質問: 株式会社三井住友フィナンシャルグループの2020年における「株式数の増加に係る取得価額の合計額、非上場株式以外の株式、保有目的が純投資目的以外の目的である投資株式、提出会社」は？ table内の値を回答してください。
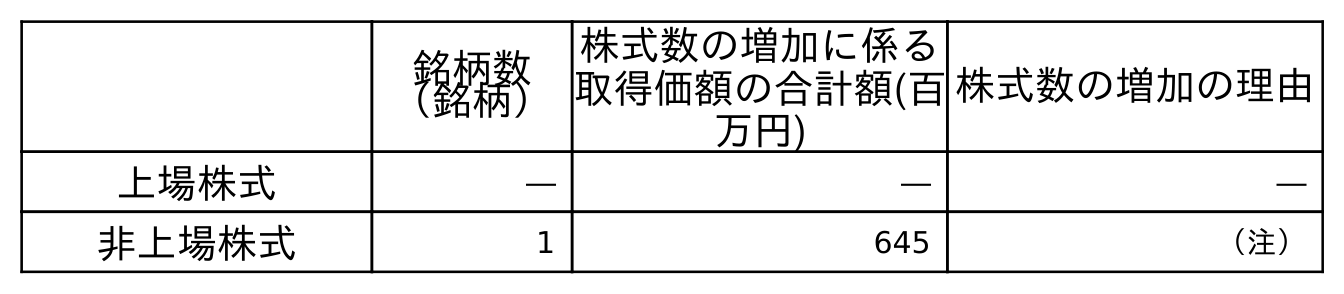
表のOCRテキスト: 銘柄数 （銘柄） 株式数の増加に係る 取得価額の合計額(百 万円) 株式数の増加の理由 上場株式 ― ― ― 非上場株式 1 645 （注）
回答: ―